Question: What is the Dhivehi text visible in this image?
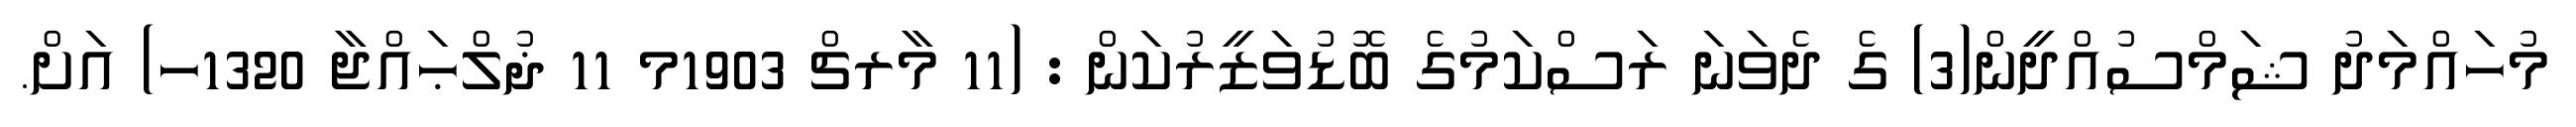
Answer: މުހައްމަދު ޝަމްސުއްދީން(3) ގެ ދެވަނަ ރަސްކަމުގެ ބޮޑުވަޒީރުކަން : (11 މާރޗް 1903މ 11 ޛުލްޙައްޖާ 1320ހ) އަށް.